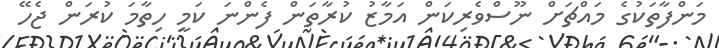
މަންފާތަކުގެ މައްޗަށް ނޫސްވެރިކަން އަމާޒު ކުރާތަން ފެންނަ ކަމީ ހިތާމަ ކުރަން ޖެހޭ